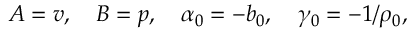
A = v , \quad B = p , \quad \alpha _ { 0 } = - b _ { 0 } , \quad \gamma _ { 0 } = - 1 / \rho _ { 0 } ,